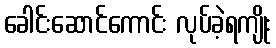
ခေါင်းဆောင်ကောင်း လုပ်ခဲ့ရကျိုး